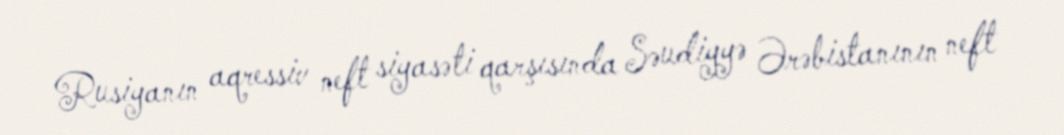
Rusiyanın aqressiv neft siyasəti qarşısında Səudiyyə Ərəbistanının neft